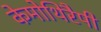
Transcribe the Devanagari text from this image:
केमोथिरैपी